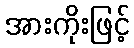
အားကိုးဖြင့်